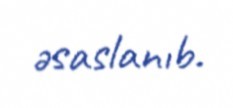
əsaslanıb.